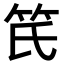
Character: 𥫽